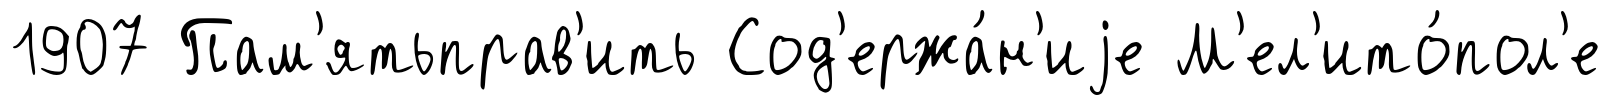
1907 Пам'ятьправ'ить Сод'ержа́н'иjе М'ел'ито́пол'е